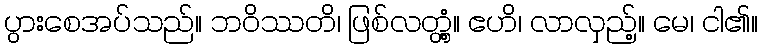
ပွားစေအပ်သည်။ ဘဝိဿတိ၊ ဖြစ်လတ္တံ့။ ဧဟိ၊ လာလှည့်။ မေ၊ ငါ၏။